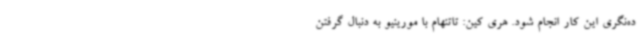
ده‌نگری این کار انجام شود. هری کین:‌ تاتنهام با مورینیو به دنبال گرفتن